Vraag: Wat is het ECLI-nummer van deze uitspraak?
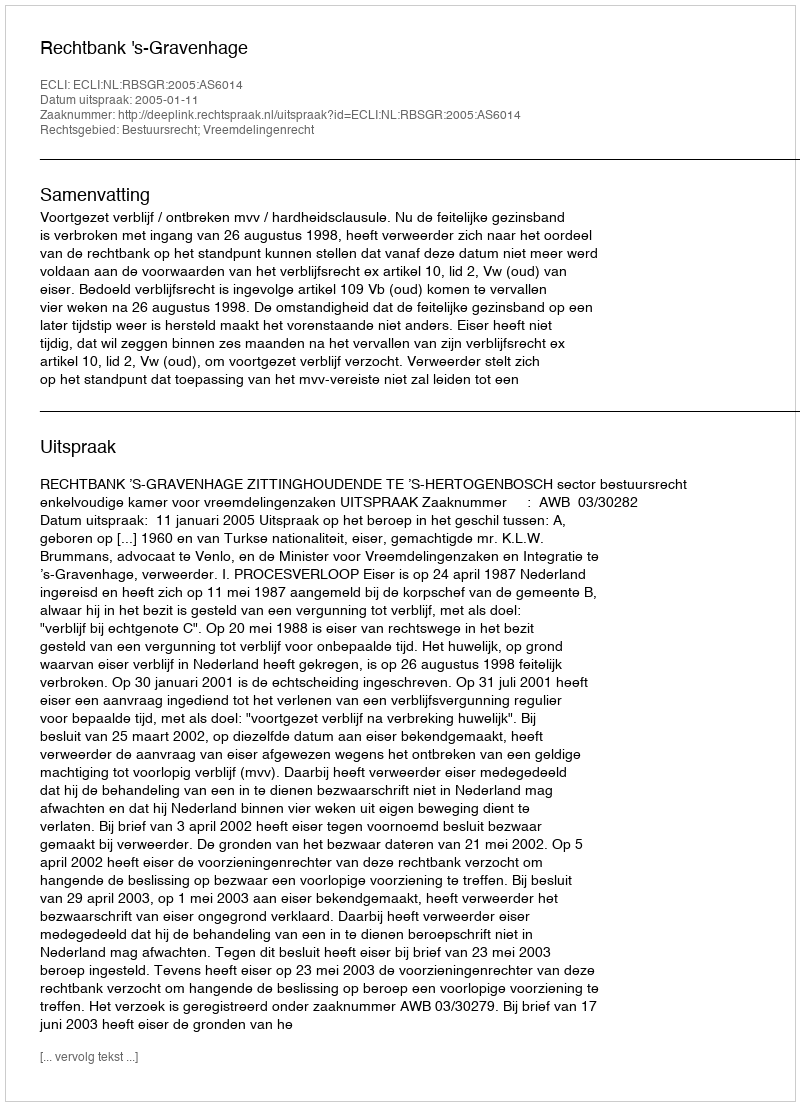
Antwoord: ECLI:NL:RBSGR:2005:AS6014